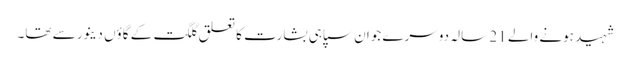
شہید ہونے والے 21 سالہ دوسرے جوان سپاہی بشارت کا تعلق گلگت کے گاؤں دینور سے تھا۔